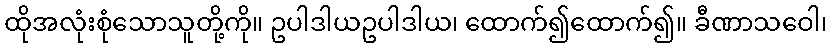
ထိုအလုံးစုံသောသူတို့ကို။ ဥပါဒါယဥပါဒါယ၊ ထောက်၍ထောက်၍။ ခီဏာသဝေါ၊